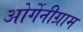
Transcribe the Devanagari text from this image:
ओर्गेनीग्राम